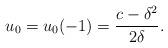
LaTeX: \begin{align*}u_0=u_0(-1)=\frac{c-\delta^2}{2\delta}.\end{align*}